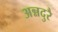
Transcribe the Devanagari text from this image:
अन्नदुरै